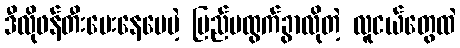
ဒီလိုဖန်တီးပေးနေပေမဲ့ ပြည်ပထွက်ခွာလိုတဲ့ လူငယ်တွေထဲ